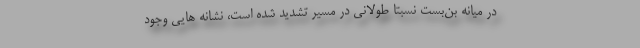
در میانه بن‌بست نسبتاً طولانی در مسیر تشدید شده است، نشانه هایی وجود